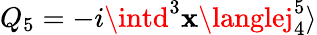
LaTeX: Q_{5}=-i\intd^{3}\mathbf{x}\langlej_{4}^{5}\rangle